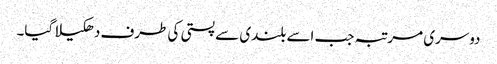
دوسری مرتبہ جب اسے بلندی سے پستی کی طرف دھکیلا گیا۔